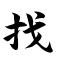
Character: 找